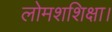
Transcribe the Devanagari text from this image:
लोमशशिक्षा।